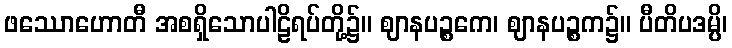
ဖဿောဟောတီ အစရှိသောပါဠိရပ်တို့၌။ ဈာနပဉ္စကေ၊ ဈာနပဉ္စက၌။ ပီတိပဒမ္ပိ၊